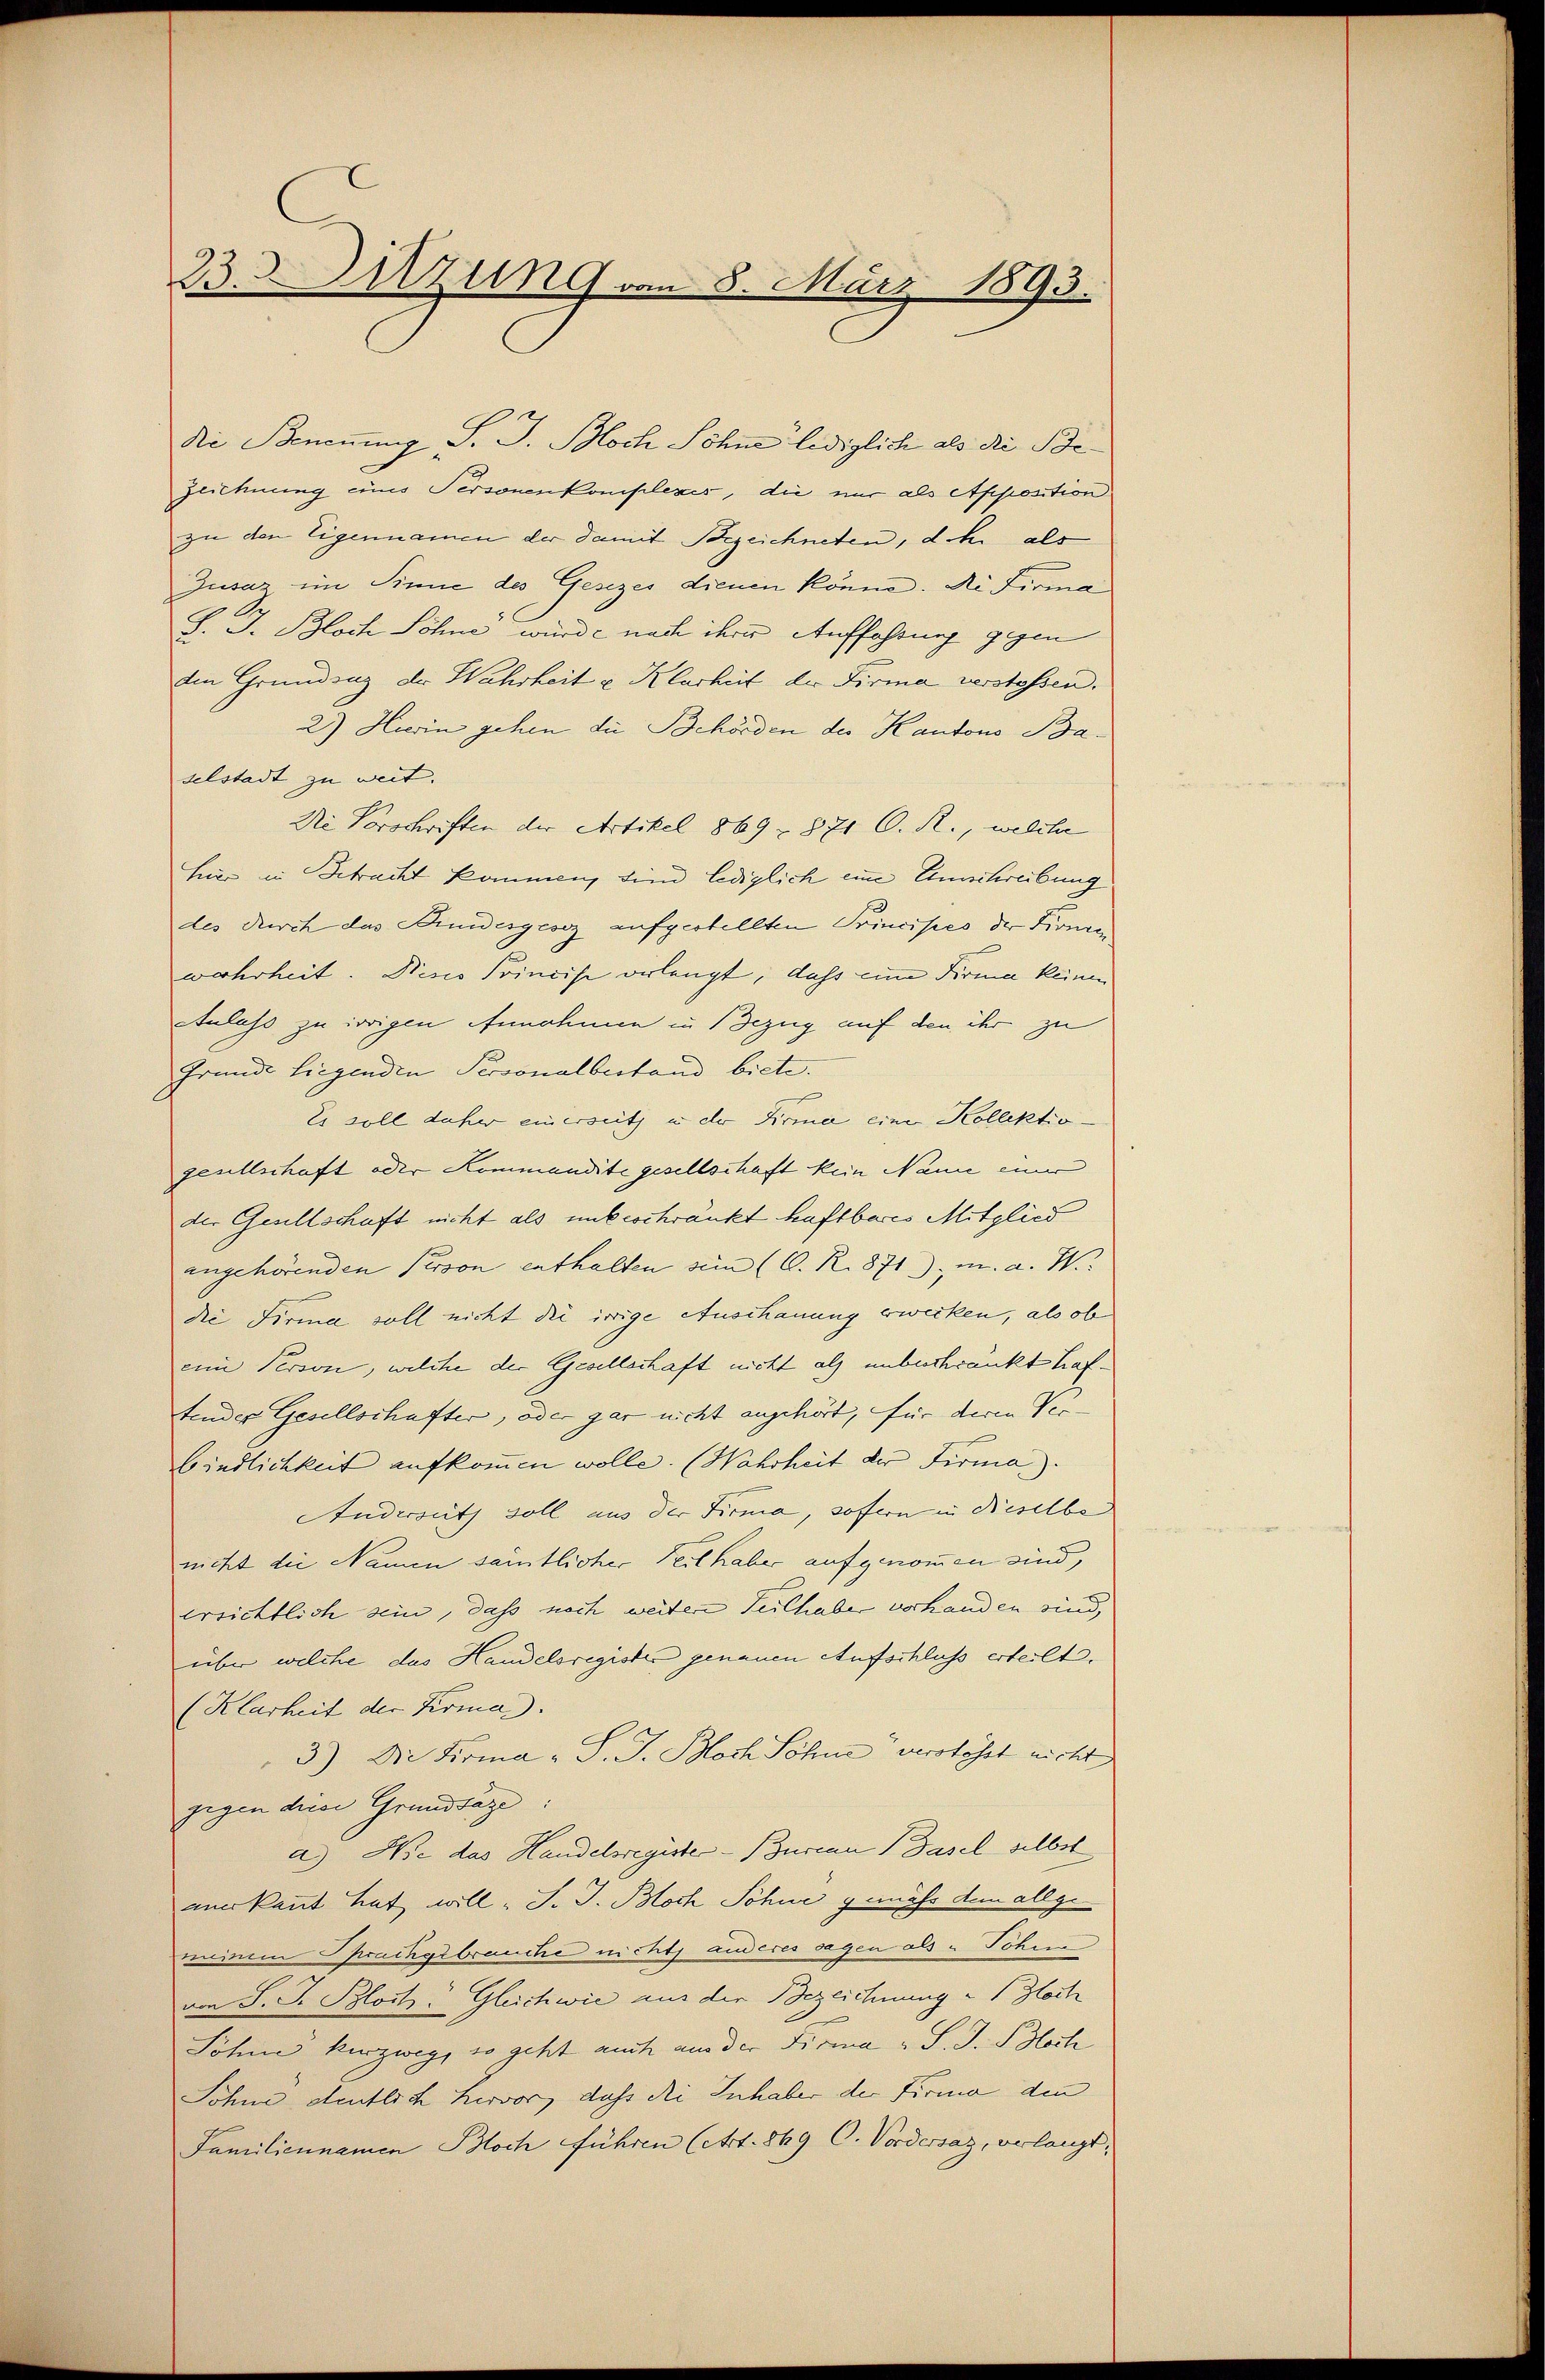
23. Sitzung vom 8. März 1893.

Die Benennung S. J. Bloch Söhne lediglich als die Be¬
Zeichnung eines Personenkomplexes, die nur als Apposition
zu den Eigennamen der damit Bezeichneten, der als
Zusaz im Sinne des Gesezes dienen könne. Die Firma
S. J. Bloch Söhne würde nach ihrer Auffahrung gegen
den Grundsaz der Wahrheit u. Klarheit der Firma verstossen.
2.) Hierin gehen die Behörden des Kantons Baselstadt zu weit. |
Die Vorschriften der Artikel 869 - 871 C. R., welche
hier in Betracht kommen, sind lediglich eine Antwebung
des durch das Kindesgesez aufgestellten Principes der Firmawahrheit. Nicis Princise erlangt, daß eine Firma keinen
Atuluss zu origen Annahmen in Bezug auf den ihr zu
Grunde Liegenden Personalbestand biete.
Es soll daher einerseitz in der Firma eine Kollektio
gesellschaft oder Kommandite gesellschaft kein Name einer
der Gesellschaft nicht als unbeschränkt haftbares Mitglied
angehörenden Person enthalten sein (C. R. 871), u. a. W
die Firma soll nicht die irrige Anschauung erwecken, als ob
eine Person, welche der Gesellschaft nicht als unbeschränkt haftender Gesellschafter, oder gar nicht angehört, für deren Ver-
bindlichkeit aufkommen wolle. (Wahrheit der Firma
Andersetz soll aus der Firma, sofern in dieselbe
nicht die Namen samtlicher Teilhaber aufgenommen sind,
ersichtlich sein, daß noch weitere Teilhaber vorhanden sind,
über welche das Handelsregister genauen Aufschluss erteilt.
(Klarheit der Firma.
3) Die Firma „S. J. Bloch Sohne verstösst nicht
gigen diese Grundsaze:
a) Wie das Handelsregister Burcan Basel selbst
anerkannt hat will „J. J. Bloch Sohne gemäss dem allgemeinem Sprachgebrauche nicht anderes sagen als „Tohne
von S. S. Bloch. Gleichwie aus der Bezeichnung "  Hotti
Sohne kurzweg, so geht auch aus der Firma „S. J. Bloch
Sohne deutlich hervor, daß die Inhaber der Firma den
Familiennamen Bloch führen (Art. 869 C. Vordersaz, erlangt,